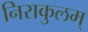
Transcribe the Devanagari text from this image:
निराकुलम्